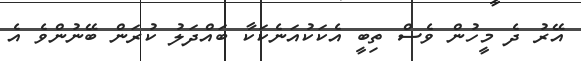
އޭރު ދެ މީހުން ވެސް ތިބީ އެކަކުއަނެކަކާ ބައްދަލު ކުރަން ބޭނުންވެ އެ